Report on the lunatic asylums under the Government of Bombay - 1904-1913
Year: 1904
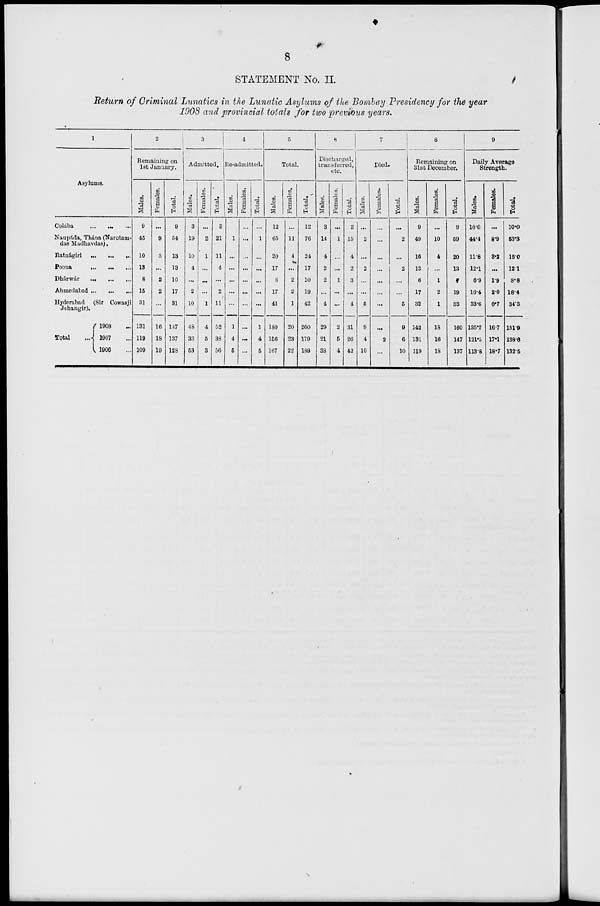
8
STATEMENT No. II.
Return of Criminal Lunatics in the Lunatic Asylums of the Bombay Presidency for the year
1908 and provincial totals for two previous years.
1
Asylums.
Colába ... ...
...
Naupáda, Thána (Narotam-
das Madhavdas).
Ratnágiri ... ... ...
Poona ... ... ...
Dhárwár ... ... ...
Ahmedabad ... ... ...
Hyderabad (Sir Cowasji
Jehangir).
Total ...
1908 ...
1907 ...
1906 ...
2
Remaining on
1st January.
Males.
9
45
10
13
8
16
31
131
119
109
Females.
...
9
3
...
2
2
...
16
18
19
Total.
9
54
13
13
10
17
31
147
137
128
3
Admitted.
Males.
3
19
10
4
...
2
10
48
33
53
Females.
...
2
1
...
...
...
1
4
5
3
Total.
3
21
11
4
...
2
11
52
38
56
4
Re-admitted.
Males.
...
1
...
...
...
...
...
1
4
5
Females.
...
...
...
...
...
...
...
...
...
...
Total.
...
1
...
...
...
...
...
1
4
5
5
Total.
Males.
12
65
20
17
8
17
41
180
156
167
Females.
...
11
4
...
2
2
1
20
23
22
Total.
12
76
24
17
10
19
42
200
179
189
6
Discharged,
transferred,
etc.
Males.
3
14
4
2
2
...
4
29
21
38
Females.
...
1
...
...
1
...
...
2
6
4
Total.
3
15
4
2
3
...
4
31
26
42
7
Died.
Males.
...
2
...
2
...
...
5
9
4
10
Females.
...
...
...
...
...
...
...
...
2
...
Total.
...
2
...
2
...
...
5
9
6
10
8
Remaining on
31st December.
Males.
9
49
16
13
6
17
32
142
131
119
Females.
...
10
4
...
1
2
1
18
16
18
Total.
9
69
20
13
9
19
33
160
147
137
9
Daily Average
Strength.
Males.
10.0
44.4
11.8
12.1
6.9
16.4
33.6
135.2
121.6
113.8
Females.
...
8.9
8.2
...
1.9
2.0
0.7
16.7
17.1
18.7
Total.
10.0
63.3
15.0
12.1
8.8
18.4
34.3
151.9
138.6
132.5